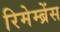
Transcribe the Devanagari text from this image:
रिमेम्ब्रेंस